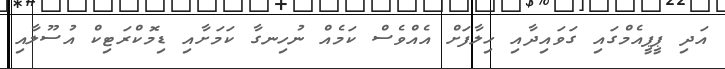
އަދި ޕީޕީއެމްގައި ގަވައިދާއި ހިލާފަށް އެއްވެސް ކަމެއް ނުހިނގާ ކަމަށާއި ޑިމޮކްރަޓިކް އުސޫލާއި